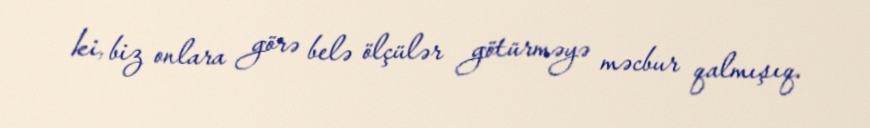
ki, biz onlara görə belə ölçülər götürməyə məcbur qalmışıq.